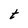
Character: t